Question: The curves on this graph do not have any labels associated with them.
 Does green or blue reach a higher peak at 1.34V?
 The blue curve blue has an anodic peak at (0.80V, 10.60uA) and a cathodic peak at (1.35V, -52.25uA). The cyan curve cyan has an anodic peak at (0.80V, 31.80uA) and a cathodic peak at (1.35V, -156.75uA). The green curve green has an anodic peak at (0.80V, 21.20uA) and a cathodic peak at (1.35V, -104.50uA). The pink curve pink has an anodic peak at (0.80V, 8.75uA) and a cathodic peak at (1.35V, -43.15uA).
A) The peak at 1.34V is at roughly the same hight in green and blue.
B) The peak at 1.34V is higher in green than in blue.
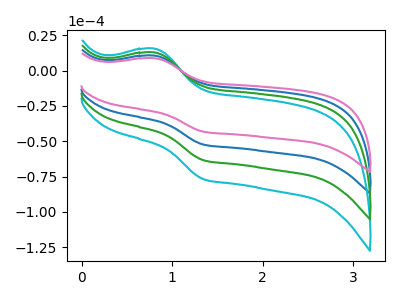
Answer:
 <answer>B) The peak at 1.34V is higher in "green" than in "blue".</answer>
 <eval>B</eval>